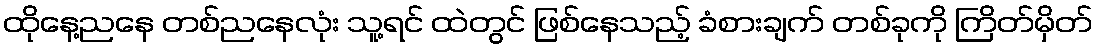
ထိုနေ့ညနေ တစ်ညနေလုံး သူ့ရင် ထဲတွင် ဖြစ်နေသည့် ခံစားချက် တစ်ခုကို ကြိတ်မှိတ်